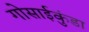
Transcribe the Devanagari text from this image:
गोसाईकुंडा